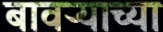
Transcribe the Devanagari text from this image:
बावऱ्याच्या